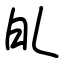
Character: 癿